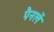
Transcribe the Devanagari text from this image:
पैनलें